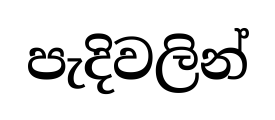
පැදිවලින්